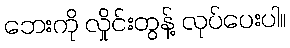
ဘေးကို လှိုင်းတွန့် လုပ်ပေးပါ။